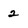
Character: 2